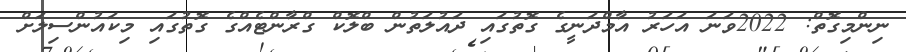
ނިންމިގޮތް: 2022ވަނަ އަހަރު އާމްދަނީގެ ގޮތުގައި ދައުލަތުން ބްލޮކް ގްރާންޓެއްގެ ގޮތުގައި މިކައުންސިލަށް